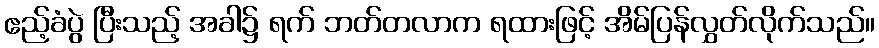
ဧည့်ခံပွဲ ပြီးသည့် အခါ၌ ရက် ဘတ်တလာက ရထားဖြင့် အိမ်ပြန်လွှတ်လိုက်သည်။